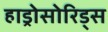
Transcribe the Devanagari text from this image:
हाड्रोसोरिड्स